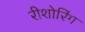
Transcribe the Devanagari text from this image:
रीशोरिंग